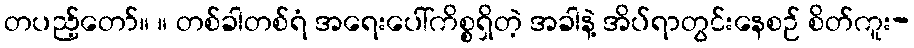
တပည့်တော်။ ။ တစ်ခါတစ်ရံ အရေးပေါ်ကိစ္စရှိတဲ့ အခါနဲ့ အိပ်ရာတွင်းနေစဉ် စိတ်ကူး-